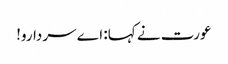
عورت نے کہا: اے سردارو!